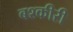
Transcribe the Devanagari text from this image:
बश्कीरी